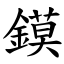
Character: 鏌